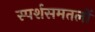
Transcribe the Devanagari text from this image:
स्पर्शसमतलों